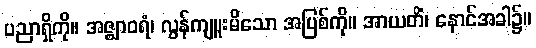
ပညာရှိကို။ အဇ္ဈာဝရံ၊ လွန်ကျူးမိသော အပြစ်ကို။ အာယတိံ၊ နောင်အခါ၌။